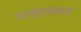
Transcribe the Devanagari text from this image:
पन्हाळ्गड